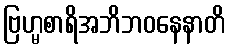
ဗြဟ္မစာရိအဘိဘဝနေနာတိ